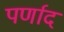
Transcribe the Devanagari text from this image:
पर्णाद